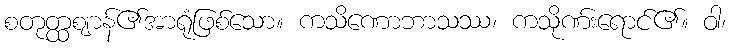
စတုတ္ထဈာန်၏အာရုံဖြစ်သော။ ကသိဏောဘာသဿ၊ ကသိုဏ်းရောင်၏။ ဝါ၊